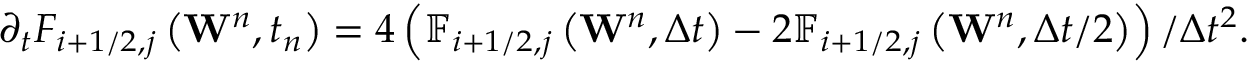
{ { \partial } _ { t } } { { F } _ { i + 1 / 2 , j } } \left( { { \mathbf { W } } ^ { n } } , { { t } _ { n } } \right) = 4 \left( { { \mathbb { F } } _ { i + 1 / 2 , j } } \left( { { \mathbf { W } } ^ { n } } , \Delta t \right) - 2 { { \mathbb { F } } _ { i + 1 / 2 , j } } \left( { { \mathbf { W } } ^ { n } } , \Delta t / 2 \right) \right) / \Delta { { t } ^ { 2 } } .